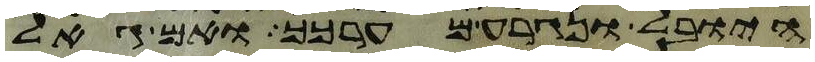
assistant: היובל ונגרע מערכך ואם גאל